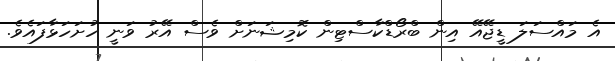
އެ މައްސަލަ ޑީޖޭއޭ އިން ބްރޯޑްކާސްޓިން ކޮމިޝަނަށް ވެސް އޭރު ވަނީ ހުށަހަޅާފައެވެ.